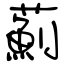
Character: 薊